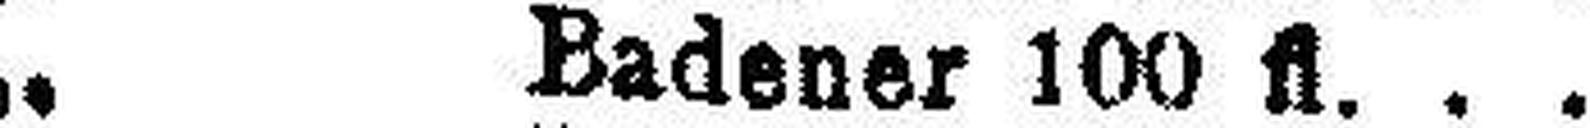
„ Badener 100 fl.